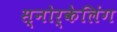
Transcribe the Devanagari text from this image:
स्नोर्केलिंग